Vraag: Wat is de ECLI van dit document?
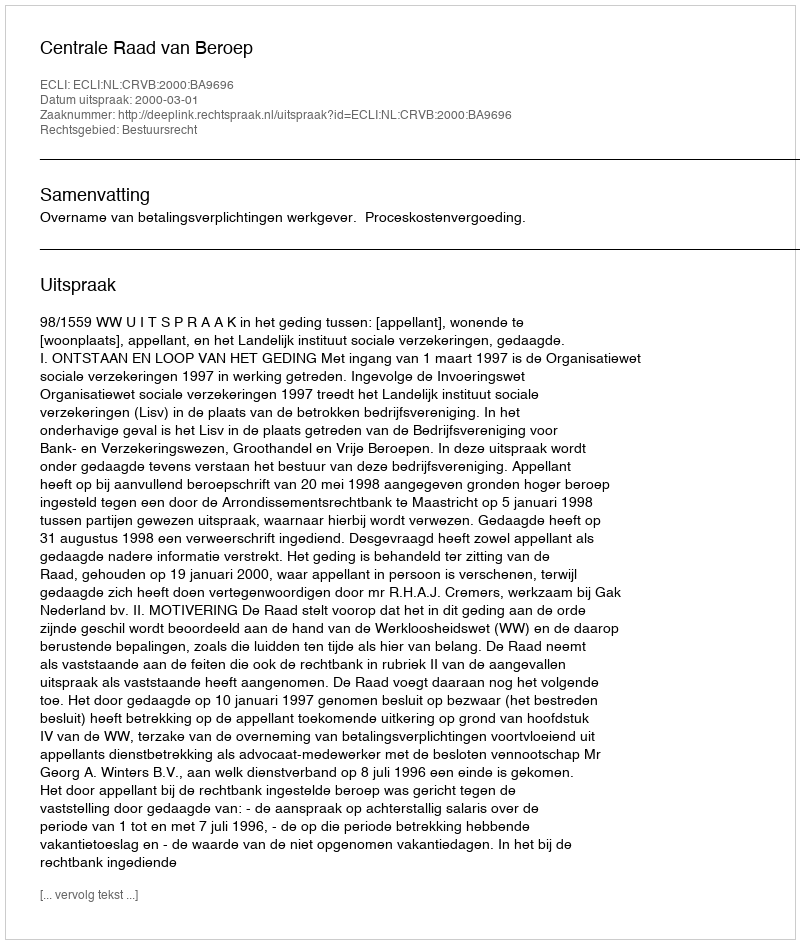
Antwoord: ECLI:NL:CRVB:2000:BA9696